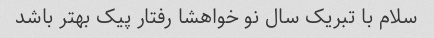
سلام با تبریک سال نو خواهشا رفتار پیک بهتر باشد